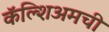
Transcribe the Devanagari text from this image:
कॅल्शिअमची